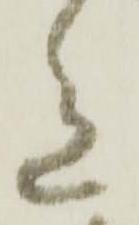
色